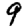
Digit: 9